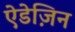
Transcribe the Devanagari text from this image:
ऐडेज़िन